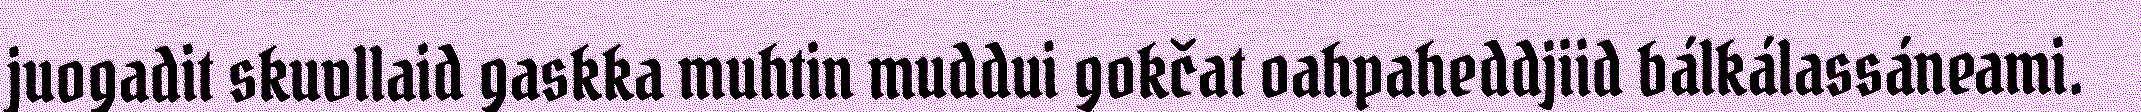
juogadit skuvllaid gaskka muhtin muddui gokčat oahpaheddjiid bálkálassáneami.